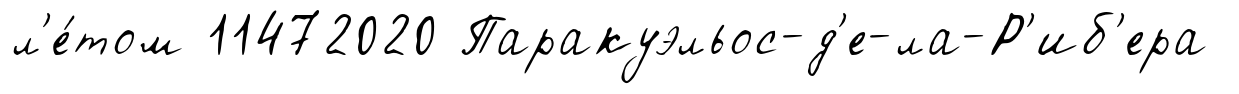
л'е́том 11472020 Паракуэльос-д'е-ла-Р'иб'ера